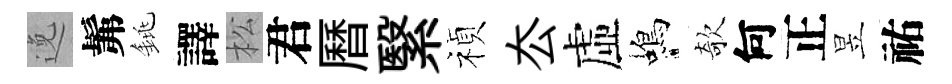
𨓜髴銚譯松君曆繄禎厺虛蝎欹何正昱祐